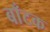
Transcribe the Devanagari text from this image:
बाँटक